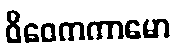
ဝိဝေကကာမော